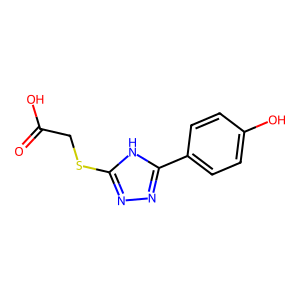
SMILES: O=C(O)CSc1nnc(-c2ccc(O)cc2)[nH]1
Inhibits HIV replication: No